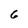
Character: 6